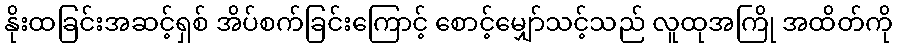
နိုးထခြင်းအဆင့်ရှစ် အိပ်စက်ခြင်းကြောင့် စောင့်မျှော်သင့်သည် လူထုအကြို အထိတ်ကို